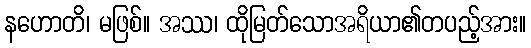
နဟောတိ၊ မဖြစ်။ အဿ၊ ထိုမြတ်သောအရိယာ၏တပည့်အား။